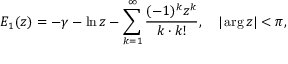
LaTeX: E _ { 1 } ( z ) = - \gamma - \ln z - \sum _ { k = 1 } ^ { \infty } \frac { ( - 1 ) ^ { k } z ^ { k } } { k \cdot k ! } , \quad | \arg z | < \pi { , }